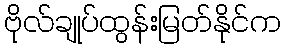
ဗိုလ်ချုပ်ထွန်းမြတ်နိုင်က